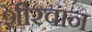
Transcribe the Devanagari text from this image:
शीरवान